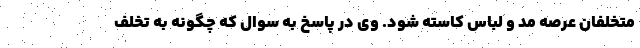
متخلفان عرصه مد و لباس کاسته شود. وی در پاسخ به سوال که چگونه به تخلف